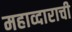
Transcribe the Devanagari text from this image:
महाव्दाराची